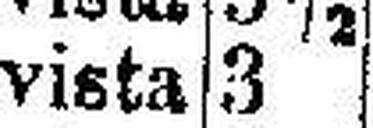
vista 3